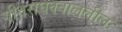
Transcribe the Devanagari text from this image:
गीतराघवबाललीलः